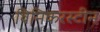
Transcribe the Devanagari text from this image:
विनिकरस्टीन